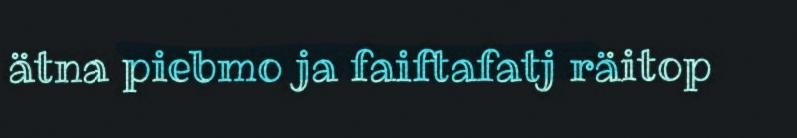
ätna piebmo ja faiftafatj räitop